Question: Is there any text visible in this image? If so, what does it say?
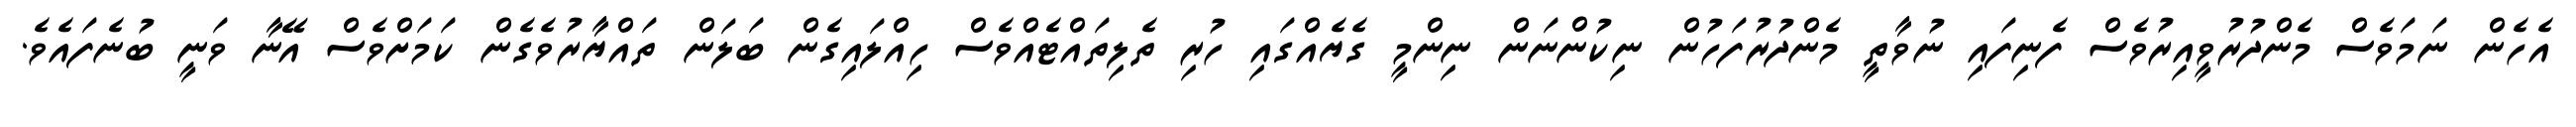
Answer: އެހެން ނަމަވެސް މެންދުރުވީއިރުވެސް ފެނިފައި ނުވާތީ މެންދުރުފަހުން ނިކުންނަން ނިންމީ ގެޔެއްގައި ހުރި ތެލިތައްޓެއްވެސް ހިއްލައިގެން ބަލަން ތައްޔާރުވެގެން ކަމަށްވެސް އޭނާ ވަނީ ބުނެފައެވެ.